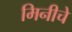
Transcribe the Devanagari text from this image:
मिनीचे